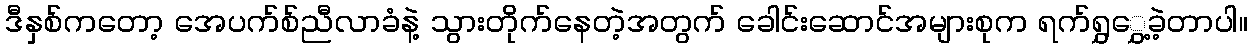
ဒီနှစ်ကတော့ အေပက်စ်ညီလာခံနဲ့ သွားတိုက်နေတဲ့အတွက် ခေါင်းဆောင်အများစုက ရက်ရွှွှေ့ခဲ့တာပါ။